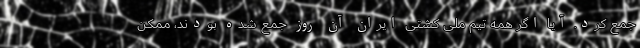
جمع کرد. آیا اگر همه تیم ملی کشتی ایران آن روز جمع شده بودند، ممکن